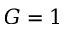
G = 1